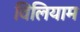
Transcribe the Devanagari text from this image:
विलियाम